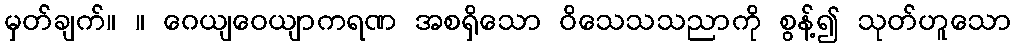
မှတ်ချက်။ ။ ဂေယျဝေယျာကရဏ အစရှိသော ဝိသေသသညာကို စွန့်၍ သုတ်ဟူသော